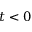
t < 0